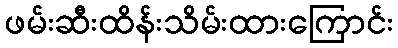
ဖမ်းဆီးထိန်းသိမ်းထားကြောင်း